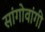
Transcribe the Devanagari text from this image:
सांगोवांगी